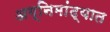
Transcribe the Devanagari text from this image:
अग्निमांद्यात